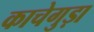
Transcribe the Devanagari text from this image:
काचेगुड़ा